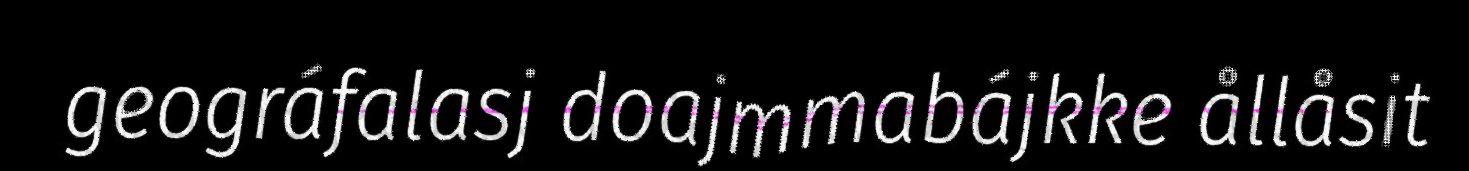
geográfalasj doajmmabájkke ållåsit